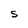
Character: S